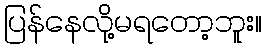
ပြန်နေလို့မရတော့ဘူး။